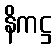
နိကဋ္ဌ